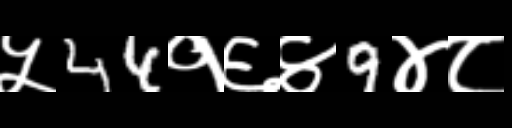
Text: ५44१६४9४८